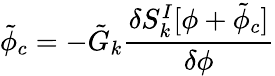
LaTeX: {\tilde{\phi}}_{c}=-{\tilde{G}}_{k}{\frac{\delta S_{k}^{I}[\phi+{\tilde{\phi}_{c}}]}{\delta\phi}}